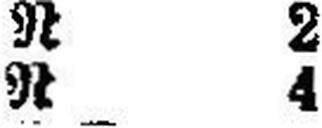
R 4